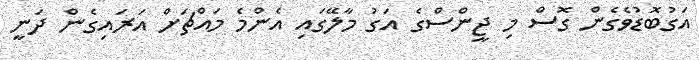
އަގުބޮޑުވެގެން ގޮސް މި ޖީންސްގެ އަގު މާލޭގައި އެންމެ މައްޗަށް އަރައިގެން ދަނީ